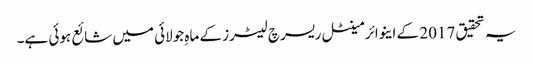
یہ تحقیق 2017 کے اینوائرمینٹل ریسرچ لیٹرز کے ماہِ جولائی میں شائع ہوئی ہے۔